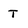
Character: T